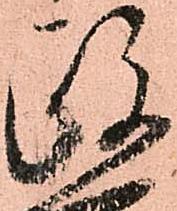
政